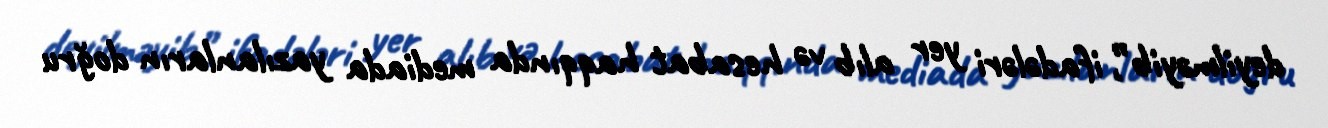
deyilməyib”, ifadələri yer alıb və hesabat haqqında mediada yazılanların doğru